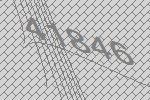
41846